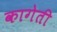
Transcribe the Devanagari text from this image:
कागेती